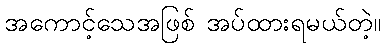
အကောင့်သေအဖြစ် အပ်ထားရမယ်တဲ့။